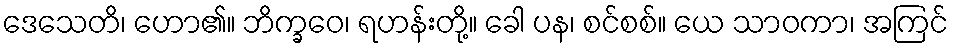
ဒေသေတိ၊ ဟော၏။ ဘိက္ခဝေ၊ ရဟန်းတို့။ ခေါ ပန၊ စင်စစ်။ ယေ သာဝကာ၊ အကြင်